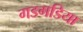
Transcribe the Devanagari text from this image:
गडगडिया